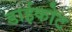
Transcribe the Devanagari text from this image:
डाईकोट